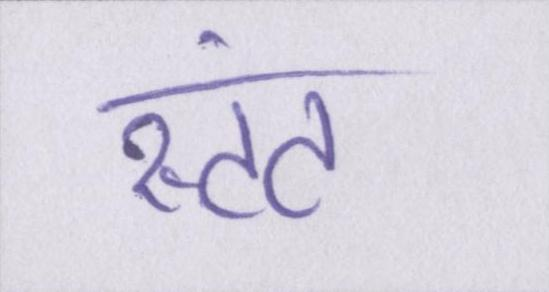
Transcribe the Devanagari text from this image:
स्टंट